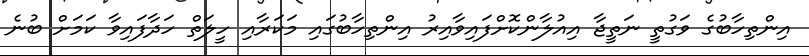
އިންތިހާބުގެ ވަގުތީ ނަތީޖާ އިއުލާންކޮށްފައިވާއިރު އިންތިހާބުގައި މަކަރާއި ހީލަތް ހަދާފައިވާ ކަމަށް ބުނެ